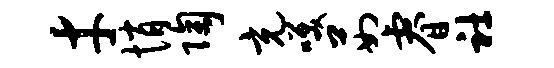
才悄陶充笑茹睿社